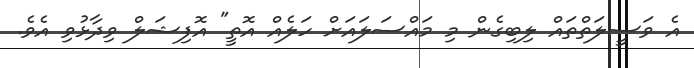
އެ ވަސީލަތްތައް ލިބިގެން މި މައްސަލައަށް ހަލެއް އޮތީ" އޮފިޝަލް ވިދާޅުވި އެވެ.